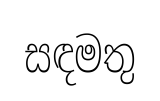
සඳමතු